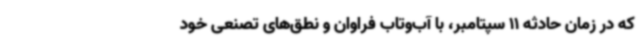
که در زمان حادثه 11 سپتامبر، با آب‌وتاب فراوان و نطق‌های تصنعی خود